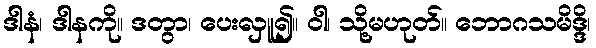
ဒါနံ၊ ဒါနကို။ ဒတွာ၊ ပေးလှူ၍။ ဝါ၊ သို့မဟုတ်။ ဘောဂသမိဒ္ဒိ၊